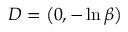
D = \left( 0 , - \ln \beta \right)